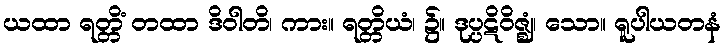
ယထာ ရတ္တိံ တထာ ဒိဝါတိ၊ ကား။ ရတ္တိယံ၊ ၌။ ဒုပ္ပဋိဝိဇ္ဈံ၊ သော။ ရူပါယတနံ